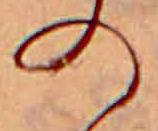
の